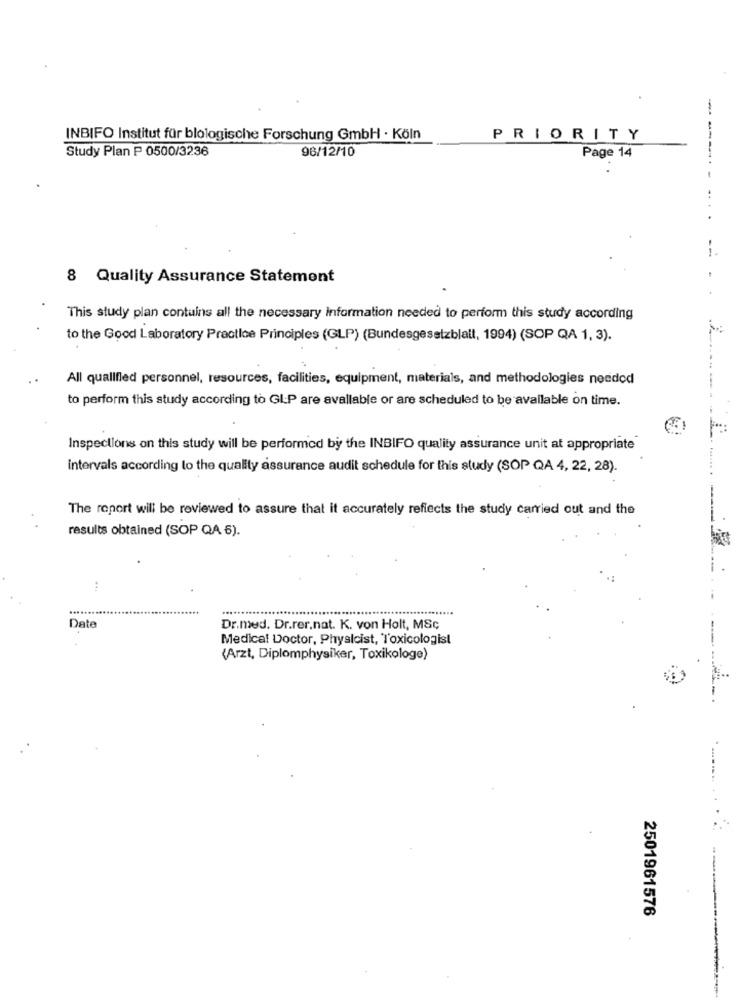
INBIFO Institut für blologische Forschung GmbH · Köln
PRIORITY
96/12/10
Study Plan P 0500/3236
Page 14
8 Quality Assurance Statement
This study plan contains all the necessary Information needed to perform this study according
to the Good Laboratory Practice Principles (GLP) (Bundesgesetzblall, 1994) (SOP QA 1, 3).
All qualified personnel, resources, facilities, equipment, materials, and methodologies needod
to perform this study according to GLP are available or are scheduled to be available on time.
Inspections on this study will be performed by the INBIFO quality assurance unit at appropriate
intervals according to the quality assurance audit schedule for this study (SOP QA 4, 22, 28).
The report will be reviewed to assure that it accurately reflects the study carried out and the
results obtained (SOP QA 6).
:
Date
Dr.med. Dr.rer.nat. K. von Holt, MSc
Medical Doctor, Physicist, Toxicologist
(Arzt, Diplomphysiker, Toxikologe)
2501961576